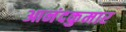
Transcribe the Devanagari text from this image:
आनंदकुमार